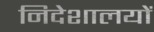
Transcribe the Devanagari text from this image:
निदेशालयों